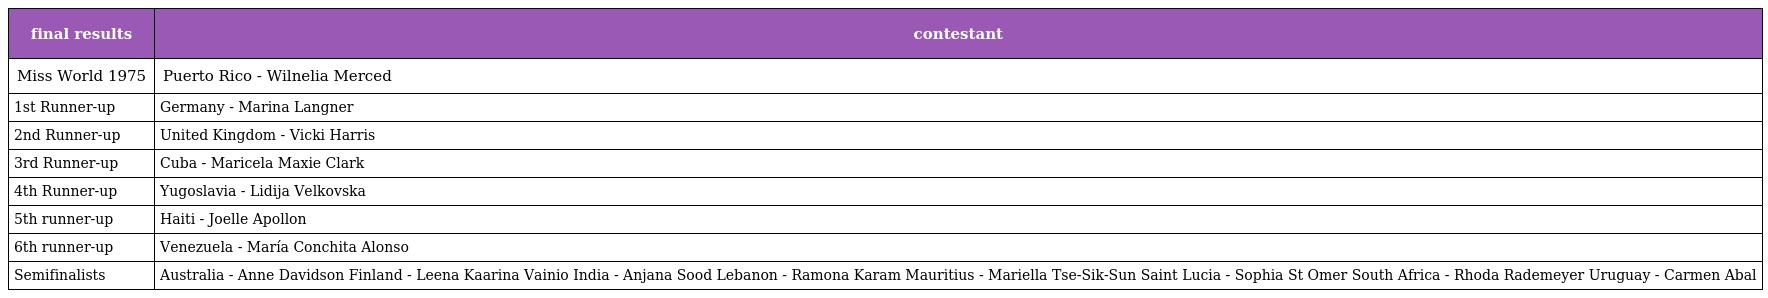
| final results | contestant |
 | --- | --- |
 | Miss World 1975 | Puerto Rico - Wilnelia Merced |
 | 1st Runner-up | Germany - Marina Langner |
 | 2nd Runner-up | United Kingdom - Vicki Harris |
 | 3rd Runner-up | Cuba - Maricela Maxie Clark |
 | 4th Runner-up | Yugoslavia - Lidija Velkovska |
 | 5th runner-up | Haiti - Joelle Apollon |
 | 6th runner-up | Venezuela - María Conchita Alonso |
 | Semifinalists | Australia - Anne Davidson Finland - Leena Kaarina Vainio India - Anjana Sood Lebanon - Ramona Karam Mauritius - Mariella Tse-Sik-Sun Saint Lucia - Sophia St Omer South Africa - Rhoda Rademeyer Uruguay - Carmen Abal |